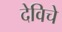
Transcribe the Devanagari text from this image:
देविचे